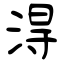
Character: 淂